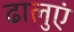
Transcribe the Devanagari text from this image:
ढालुएं